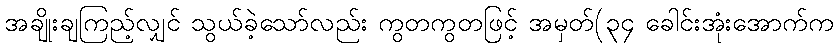
အချိုးချကြည့်လျှင် သွယ်ခဲ့သော်လည်း ကွတကွတဖြင့် အမှတ်(၃၄ ခေါင်းအုံးအောက်က